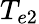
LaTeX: T_{e2}